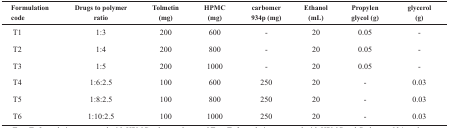
| Formulation code | Drugs to polymer ratio | Tolmetin(mg) | HPMC(mg) | carbomer 934p (mg) | Ethanol(mL) | Propylen glycol (g) | <COLSPAN=2> glycerol(g) |
 | --- | --- | --- | --- | --- | --- | --- | --- | --- |
 | T1 | 1:3 | 200 | 600 | - | 20 | 0.05 | - |
 | T2 | 1:4 | 200 | 800 | - | 20 | 0.05 | - |
 | T3 | 1:5 | 200 | 1000 | - | 20 | 0.05 | - |
 | T4 | 1:6:2.5 | 100 | 600 | 250 | 20 | - | 0.03 |
 | T5 | 1:8:2.5 | 100 | 800 | 250 | 20 | - | 0.03 |
 | T6 | 1:10:2.5 | 100 | 1000 | 250 | 20 | - | 0.03 |